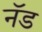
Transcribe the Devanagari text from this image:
नॅड